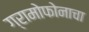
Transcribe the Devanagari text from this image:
ग्रामोफोनाचा